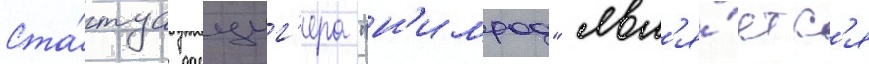
Ста́туа данциг'ера "н'имрод" явл'я́етс'я